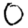
Digit: 0